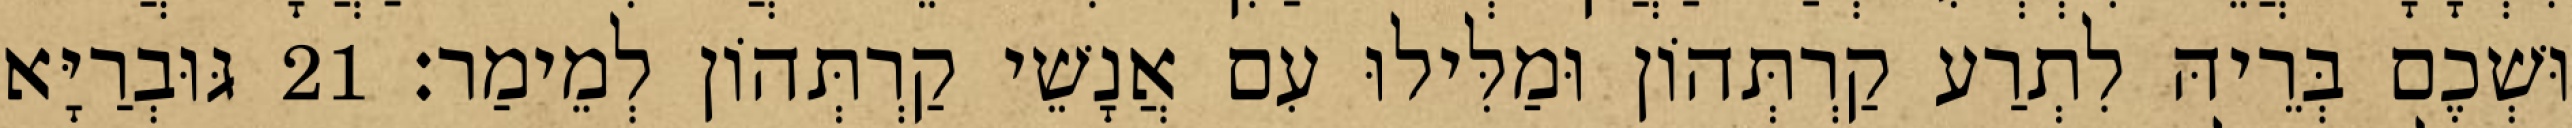
וּשְׁכֶם בְּרֵיהּ לִתְרַע קַרְתְּהוֹן וּמַלִּילוּ עִם אֲנָשֵׁי קַרְתְּהוֹן לְמֵימַר׃ 21 גּוּבְרַיָּא